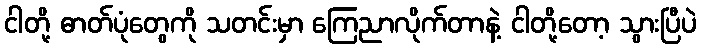
ငါတို့ ဓာတ်ပုံတွေကို သတင်းမှာ ကြေညာလိုက်တာနဲ့ ငါတို့တော့ သွားပြီပဲ